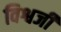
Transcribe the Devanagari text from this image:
विश्वजी